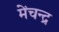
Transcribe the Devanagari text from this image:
मेंचन्द्र